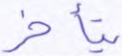
يتأخر